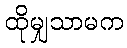
ထိုမျှသာမက